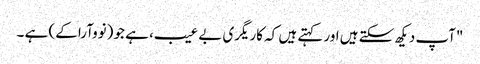
"آپ دیکھ سکتے ہیں اور کہتے ہیں کہ کاریگری بے عیب، ہے جو (نووآرا کے) ہے ۔